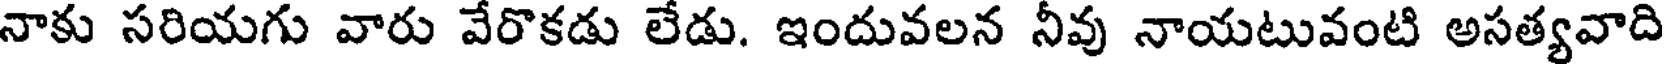
నాకు సరియగు వారు వేరొకడు లేడు. ఇందువలన నీవు నాయటువంటి అసత్యవాది